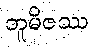
ဘူမိဇဿ